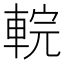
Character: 輐